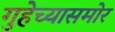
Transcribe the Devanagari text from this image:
गुहेच्यासमोर